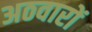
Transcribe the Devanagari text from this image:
अठवारों